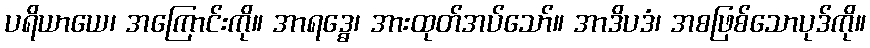
ပရိယာယေ၊ အကြောင်းကို။ အာရဒ္ဓေ၊ အားထုတ်အပ်သော်။ အာဒိပဒံ၊ အစဖြစ်သောပုဒ်ကို။